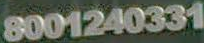
8001240331